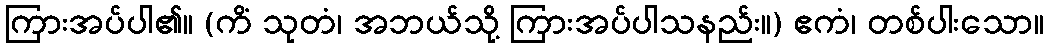
ကြားအပ်ပါ၏။ (ကိံ သုတံ၊ အဘယ်သို့ ကြားအပ်ပါသနည်း။) ဧကံ၊ တစ်ပါးသော။